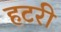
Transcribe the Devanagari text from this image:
हटरी